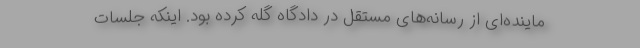
ماینده‌ای از رسانه‌های مستقل در دادگاه گله کرده بود. اینکه جلسات